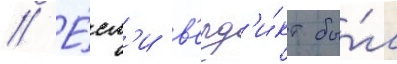
// Е́сл'и в'ерд'и́кт бы́л